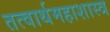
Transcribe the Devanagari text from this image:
तत्वार्थमहाशास्त्र